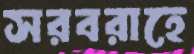
সরবরাহে